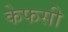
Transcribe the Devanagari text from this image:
केफसी